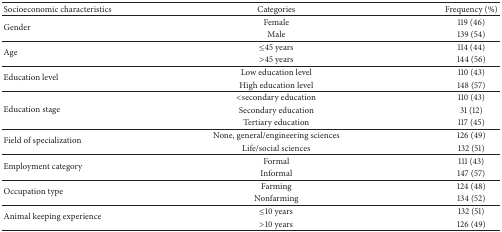
<table><thead><tr><td><b>Socioeconomic characteristics</b></td><td><b> Categories</b></td><td><b>Frequency (%)</b></td></tr></thead><tbody><tr><td rowspan="2">Gender</td><td>Female</td><td>119 (46)</td></tr><tr><td>Male</td><td>139 (54)</td></tr><tr><td rowspan="2">Age</td><td>≤45 years</td><td>114 (44)</td></tr><tr><td>&gt;45 years</td><td>144 (56)</td></tr><tr><td rowspan="2">Education level</td><td>Low education level</td><td>110 (43)</td></tr><tr><td>High education level</td><td>148 (57)</td></tr><tr><td rowspan="3">Education stage</td><td>&lt;secondary education</td><td>110 (43)</td></tr><tr><td>Secondary education</td><td>31 (12)</td></tr><tr><td>Tertiary education</td><td>117 (45)</td></tr><tr><td rowspan="2">Field of specialization</td><td>None, general/engineering sciences</td><td>126 (49)</td></tr><tr><td>Life/social sciences</td><td>132 (51)</td></tr><tr><td rowspan="2">Employment category</td><td>Formal</td><td>111 (43)</td></tr><tr><td>Informal</td><td>147 (57)</td></tr><tr><td rowspan="2">Occupation type</td><td>Farming</td><td>124 (48)</td></tr><tr><td>Nonfarming</td><td>134 (52)</td></tr><tr><td rowspan="2">Animal keeping experience</td><td>≤10 years</td><td>132 (51)</td></tr><tr><td>&gt;10 years</td><td>126 (49)</td></tr></tbody></table>